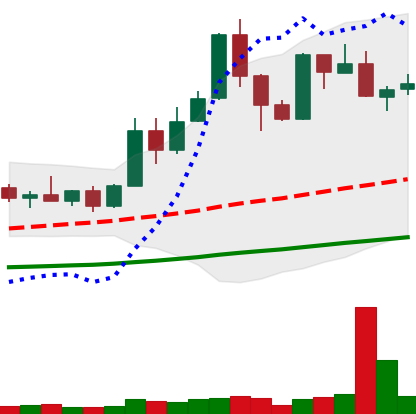
Ticker: XMR-USD
Chart end date: 2019-05-24
Forward return: 9.829%
Label: up_7plus